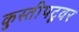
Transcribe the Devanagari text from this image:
कुस्तीपटूवर